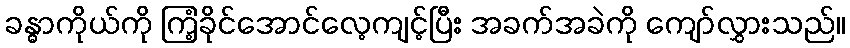
ခန္ဓာကိုယ်ကို ကြံ့ခိုင်အောင်လေ့ကျင့်ပြီး အခက်အခဲကို ကျော်လွှားသည်။